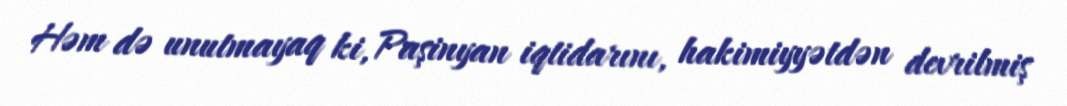
Həm də unutmayaq ki, Paşinyan iqtidarını, hakimiyyətdən devrilmiş